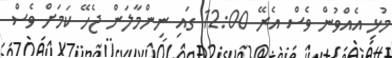
މުޅި އެއްވުން ވެސް އެރޭ 12:00 ގައި ނިންމާލަން ޖެހޭ ކަމަށް ވެސް